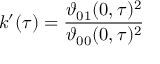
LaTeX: k ^ { \prime } ( \tau ) = { \frac { \vartheta _ { 0 1 } ( 0 , \tau ) ^ { 2 } } { \vartheta _ { 0 0 } ( 0 , \tau ) ^ { 2 } } }